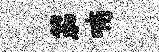
笳喃